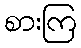
စားကြ